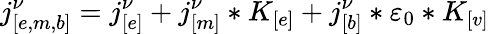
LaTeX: j_{[e,m,b]}^{\nu}=j_{[e]}^{\nu}+j_{[m]}^{\nu}*K_{[e]}+j_{[b]}^{\nu}*\varepsilon_{0}*K_{[v]}